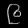
Digit: ၉